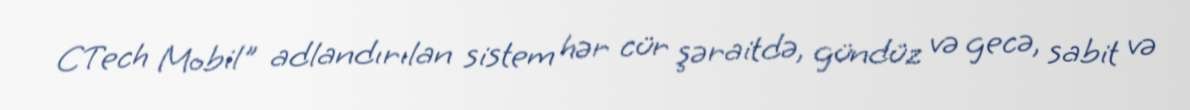
CTech Mobil" adlandırılan sistem hər cür şəraitdə, gündüz və gecə, sabit və